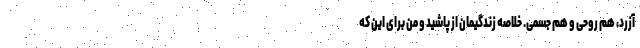
آزرد، هم روحی و هم جسمی. خلاصه زندگیمان از پاشید و من برای این که